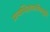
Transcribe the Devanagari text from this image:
प्रत्यभिज्ञाकारिकावृत्ति